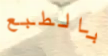
بالطبع